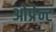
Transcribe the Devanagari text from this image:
ओप्रेन्ट